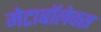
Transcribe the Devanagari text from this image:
मेटाबॉलेक्स